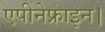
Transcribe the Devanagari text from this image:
एपीनेफ्राइन।